Annual report on the health of the army in India
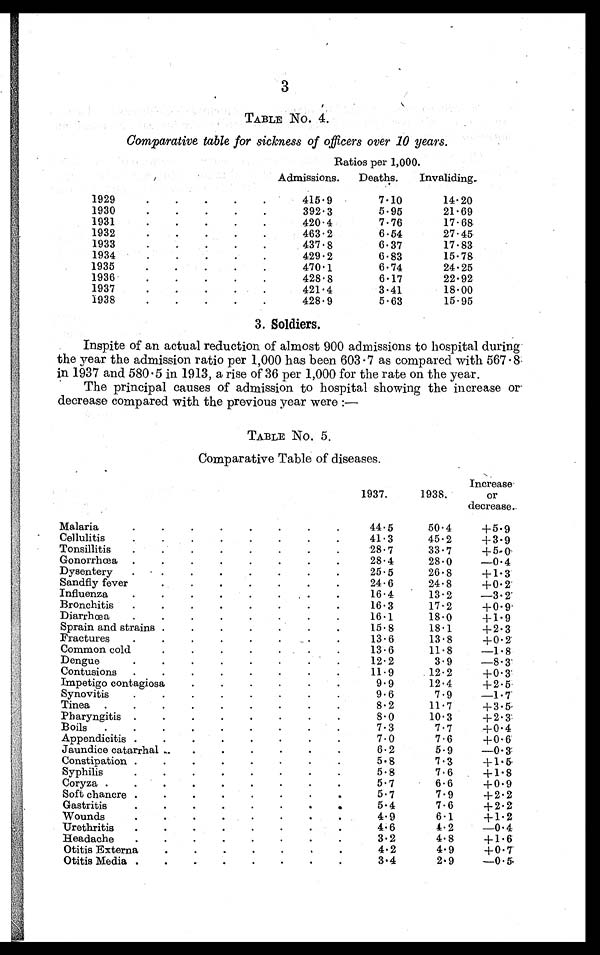
3
TABLE No. 4.
Comparative table for sickness of officers over 10 years.
Ratios per 1,000.
Admissions.
Deaths.
Invaliding.
1 9 2 9 . . .
415.9
7.10
14.20
21.69
392.3
5.95
1 9 3 0 . . .
17.68
420.4
7.76
1 9 3 1 . . .
27.45
463.2
6.54
1 9 3 2 . . .
17.83
6.37
437 . 8
1 9 3 3 . . .
15.78
429 . 2
6.83
1 9 3 4 . . .
24.25
470 . 1
6.74
1 9 3 5 . . .
22.92
428 . 8
6.17
1 9 3 6 . . .
18.00
421 . 4
3.41
1 9 3 7 . . .
15.95
428 . 9
5.63
1 9 3 8 . . .
3. Soldiers.
Inspite of an actual reduction of almost 900 admissions to hospital during
the year the admission ratio per 1,000 has been 603.7 as compared with 567.8
in 1937 and 580.5 in 1913, a rise of 36 per 1,000 for the rate on the year.
The principal causes of admission to hospital showing the increase or
decrease compared with the previous year were :—
TABLE No. 5.
Comparative Table of diseases.
1937.
1938.
Increase
or
decrease.
Malaria . . .
44.5
50.4
+5. 9
41.3
45.2
+ 3.9
Cellulitis . . .
28.7
33.7
+5.0
Tonsillitis . . .
28.4
28.0
-0.4
Gonorrhœa . . .
25.5
26.8
+1.3
Dysentery . . .
24.6
24.8
+0.2
Sandfly fever. . .
16.4
-3.2
13.2
Influenza . . .
16.3
17.2
+0.9
Bronchitis . . .
18.0
16.1
+1.9
Diarrhœa . . .
15.8
18.1
+2.3
Sprain and strains . . .
13.8
+0.2
13.6
Fractures . . .
13.6
11.8
-1.8
Common cold . . .
1 2 . 2
3.9
-83
Dengue . . .
11.9
12.2
+0.3
Contusions . . .
12.4
9.9
+ 2.5
Impetigo contagiosa . . .
9.6
7.9
-1.7
Synovitis . . .
8.2
11.7
+ 3.5
Tinea . . .
10.3
+ 2.3
8.0
Pharyngitis . . .
7.3
7.7
+0.4
Boils . . .
+0.6
7.0
7.6
Appendicitis . . .
6.2
5.9
-0.3
Jaundice catarrhal . . .
7 . 3
+1.5
5.8
Constipation . . .
7.6
+ 1.8
5.8
Syphilis . . .
5.7
6.6
+ 0.9
Coryza . . .
5.7
7.9
+2.2
Soft chancre . . .
5.4
7.6
+ 2. 2
Gastritis . . .
4.9
6.1
+1.2
Wounds . . .
4.6
4. 2
-0.4
Urethritis . . .
4.8
+1.6
3.2
Headache . . .
4.2
4.9
+0. 7
Otitis Externa . . .
2.9
-0.5
3.4
Otitis Media . . .